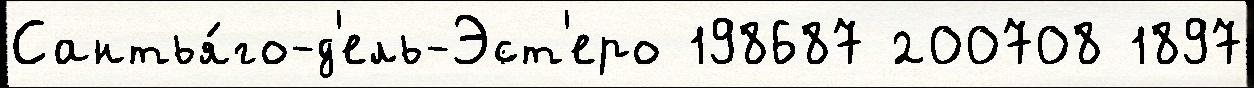
Сантья́го-д'ель-Эст'еро 198687 200708 1897